Indian journal of veterinary science and animal husbandry - Volumes 18-21, 1948-1951
Year: 1948
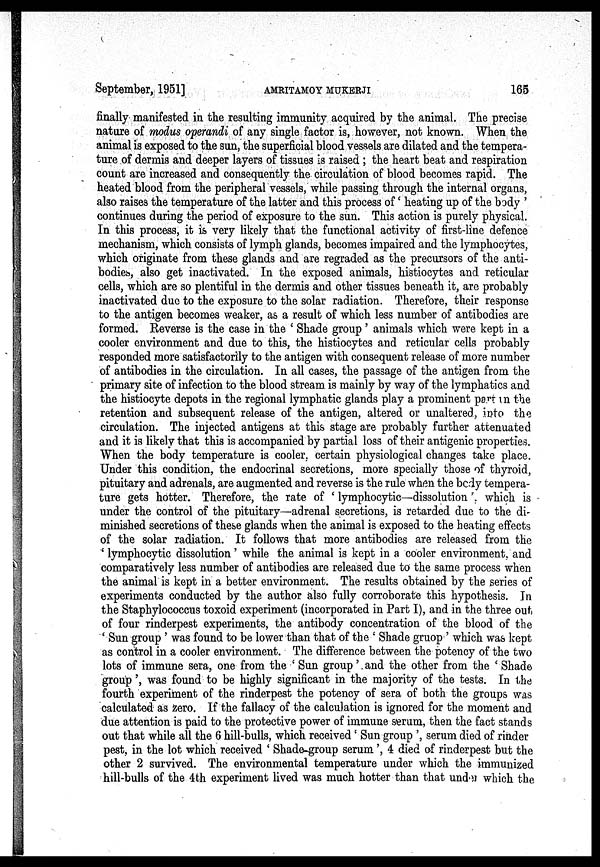
September, 1951]
AMRITAMOY
MUKHERJI
165
finally manifested in the resulting immunity acquired by the animal. The precise
nature of modus operandi of any single factor is, however, not known. When the
animal is exposed to the sun, the superficial blood vessels are dilated and the tempera-
ture of dermis and deeper layers of tissues is raised; the heart beat and respiration
count are increased and consequently the circulation of blood becomes rapid. The
heated blood from the peripheral vessels, while passing through the internal organs,
also raises the temperature of the latter and this process of 'heating up of the body'
continues during the period of exposure to the sun. This action is purely physical.
In this process, it is very likely that the functional activity of first-line defence
mechanism, which consists of lymph glands, becomes impaired and the lymphocytes,
which originate from these glands and are regraded as the precursors of the anti-
bodies, also get inactivated. In the exposed animals, histiocytes and reticular
cells, which are so plentiful in the dermis and other tissues beneath it, are probably
inactivated due to the exposure to the solar radiation. Therefore, their response
to the antigen becomes weaker, as a result of which less number of antibodies are
formed. Reverse is the case in the 'Shade group' animals which were kept in a
cooler environment and due to this, the histiocytes and reticular cells probably
responded more satisfactorily to the antigen with consequent release of more number
of antibodies in the circulation. In all cases, the passage of the antigen from the
primary site of infection to the blood stream is mainly by way of the lymphatics and
the histiocyte depots in the regional lymphatic glands play a prominent part in the
retention and subsequent release of the antigen, altered or unaltered, into the
circulation. The injected antigens at this stage are probably further attenuated
and it is likely that this is accompanied by partial loss of their antigenic properties.
When the body temperature is cooler, certain physiological changes take place.
Under this condition, the endocrinal secretions, more specially those of thyroid,
pituitary and adrenals, are augmented and reverse is the rule when the body tempera-
ture gets hotter. Therefore, the rate of 'lymphocytic—dissolution' which is
under the control of the pituitary—adrenal secretions, is retarded due to the di-
minished secretions of these glands when the animal is exposed to the heating effects
of the solar radiation. It follows that more antibodies are released from the
'lymphocytic dissolution' while the animal is kept in a cooler environment, and
comparatively less number of antibodies are released due to the same process when
the animal is kept in a better environment. The results obtained by the series of
experiments conducted by the author also fully corroborate this hypothesis. In
the Staphylococcus toxoid experiment (incorporated in Part I), and in the three out,
of four rinderpest experiments, the antibody concentration of the blood of the
'Sun group' was found to be lower than that of the 'Shade gruop' which was kept
as control in a cooler environment. The difference between the potency of the two
lots of immune sera, one from the 'Sun group' and the other from the 'Shade
group', was found to be highly significant in the majority of the tests. In the
fourth experiment of the rinderpest the potency of sera of both the groups was
calculated as zero. If the fallacy of the calculation is ignored for the moment and
due attention is paid to the protective power of immune serum, then the fact stands
out that while all the 6 hill-bulls, which received 'Sun group', serum died of rinder
pest, in the lot which received 'Shade-group serum', 4 died of rinderpest but the
other 2 survived. The environmental temperature under which the immunized
hill-bulls of the 4th experiment lived was much hotter than that under which the